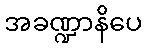
အခဏ္ဍာနိပေ